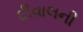
દીવાલની